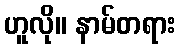
ဟူလို။ နာမ်တရား